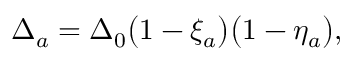
\Delta _ { a } = \Delta _ { 0 } \big ( 1 - \xi _ { a } \big ) \big ( 1 - \eta _ { a } \big ) ,